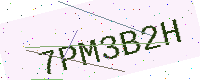
Text: 7PM3B2H